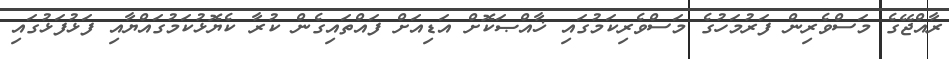
ރާއްޖޭގެ މަސްވެރިން ފަރުމަހުގެ މަސްވެރިކަމުގައި ޚާއްޞަކޮށް އަޑިއަށް ފައްތައިގެން ކުރާ ކެޔޮޅުކަމުގައްޔާއި ފަޅުފަޅުގައި